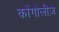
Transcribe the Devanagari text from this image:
कोंगोलीज़